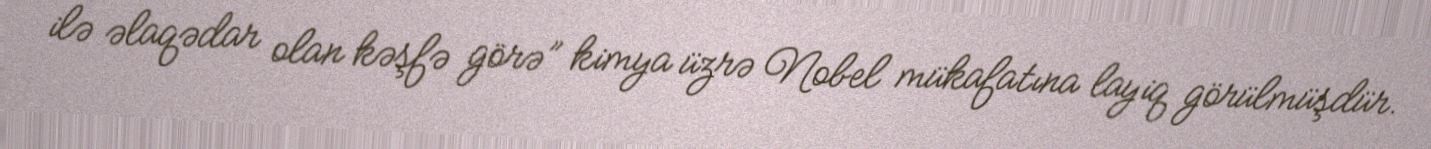
ilə əlaqədar olan kəşfə görə” kimya üzrə Nobel mükafatına layiq görülmüşdür.